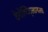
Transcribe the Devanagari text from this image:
टेनोच्टिट्लानला